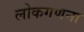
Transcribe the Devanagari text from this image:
लोकगणना